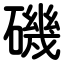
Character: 磯